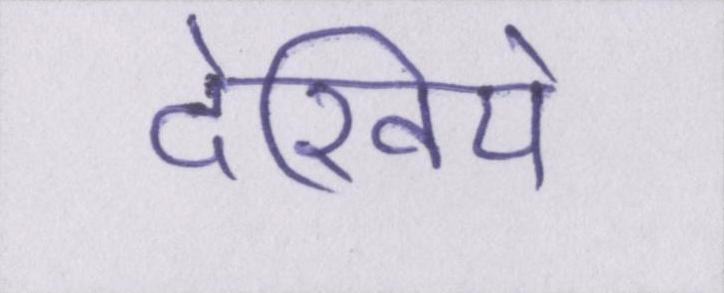
देखिये